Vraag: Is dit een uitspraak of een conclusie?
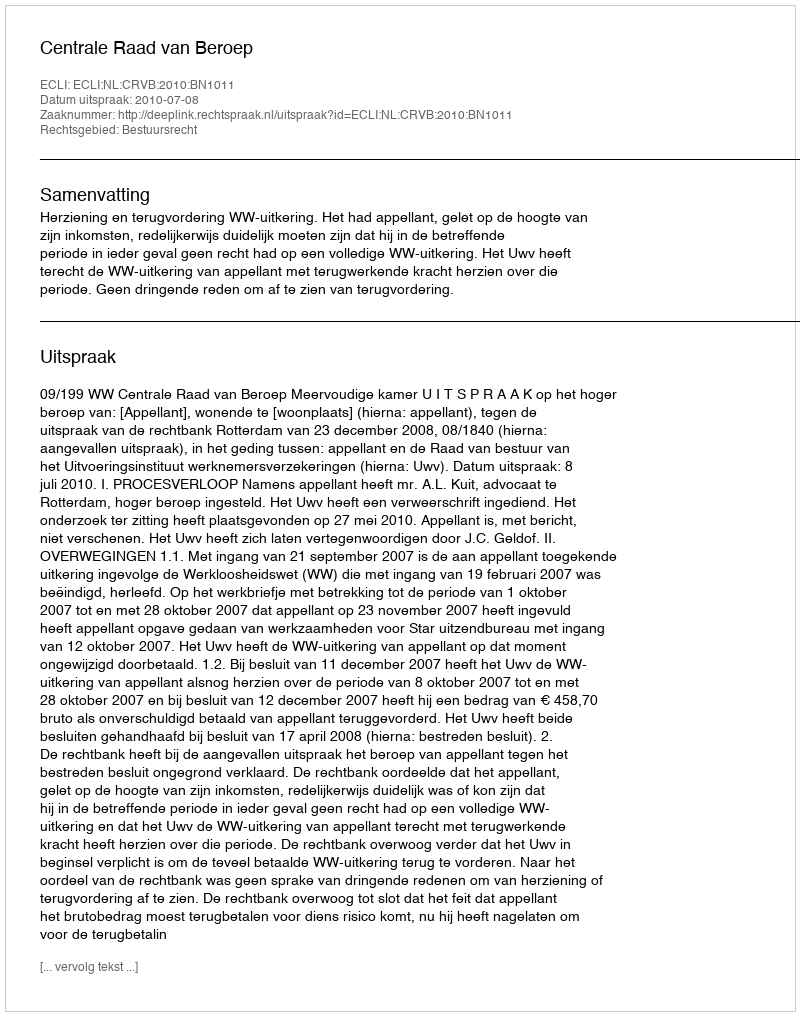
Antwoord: Uitspraak